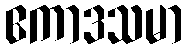
ဧကာဒသမာ